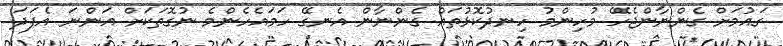
ގައުމަށް ގެންނާންޖެހޭ މުހިންމު ހިނދުކޮޅުތައް ގެންނާން އެނގޭ ހަމައެހެންމެ ނުގޮތަކަށް އަންނަ އެފަދަ